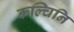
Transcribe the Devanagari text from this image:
कल्चिनि